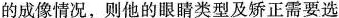
的成像情况，则他的眼睛类型及矫正需要选